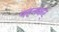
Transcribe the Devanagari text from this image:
पहनकर्